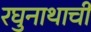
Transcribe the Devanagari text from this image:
रघुनाथाची